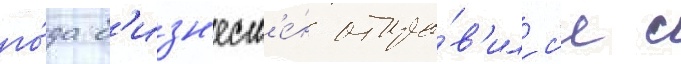
го́да б'изн'есм'е́н отпра́в'илс'я с